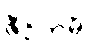
ဇီဝိတမ္ပိ